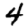
Digit: 4